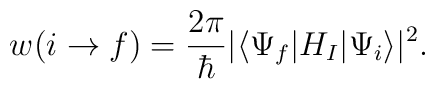
w(i\rightarrow f)   ={2\pi\over\hbar}|\langle\Psi_f|H_I|\Psi_i\rangle|^2.